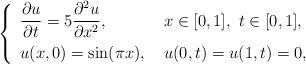
LaTeX: \begin{align*} \left\{ \renewcommand{\arraystretch}{1.5} \begin{array}{ll} \dfrac{\partial u}{\partial t} = 5 \dfrac{\partial^2 u}{\partial x^2}, & \ x\in[0,1], \ t \in[0,1], \\ u(x,0)=\sin(\pi x), & \ u(0,t)=u(1,t)=0, \end{array}\right.\end{align*}